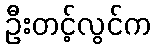
ဦးတင့်လွင်က